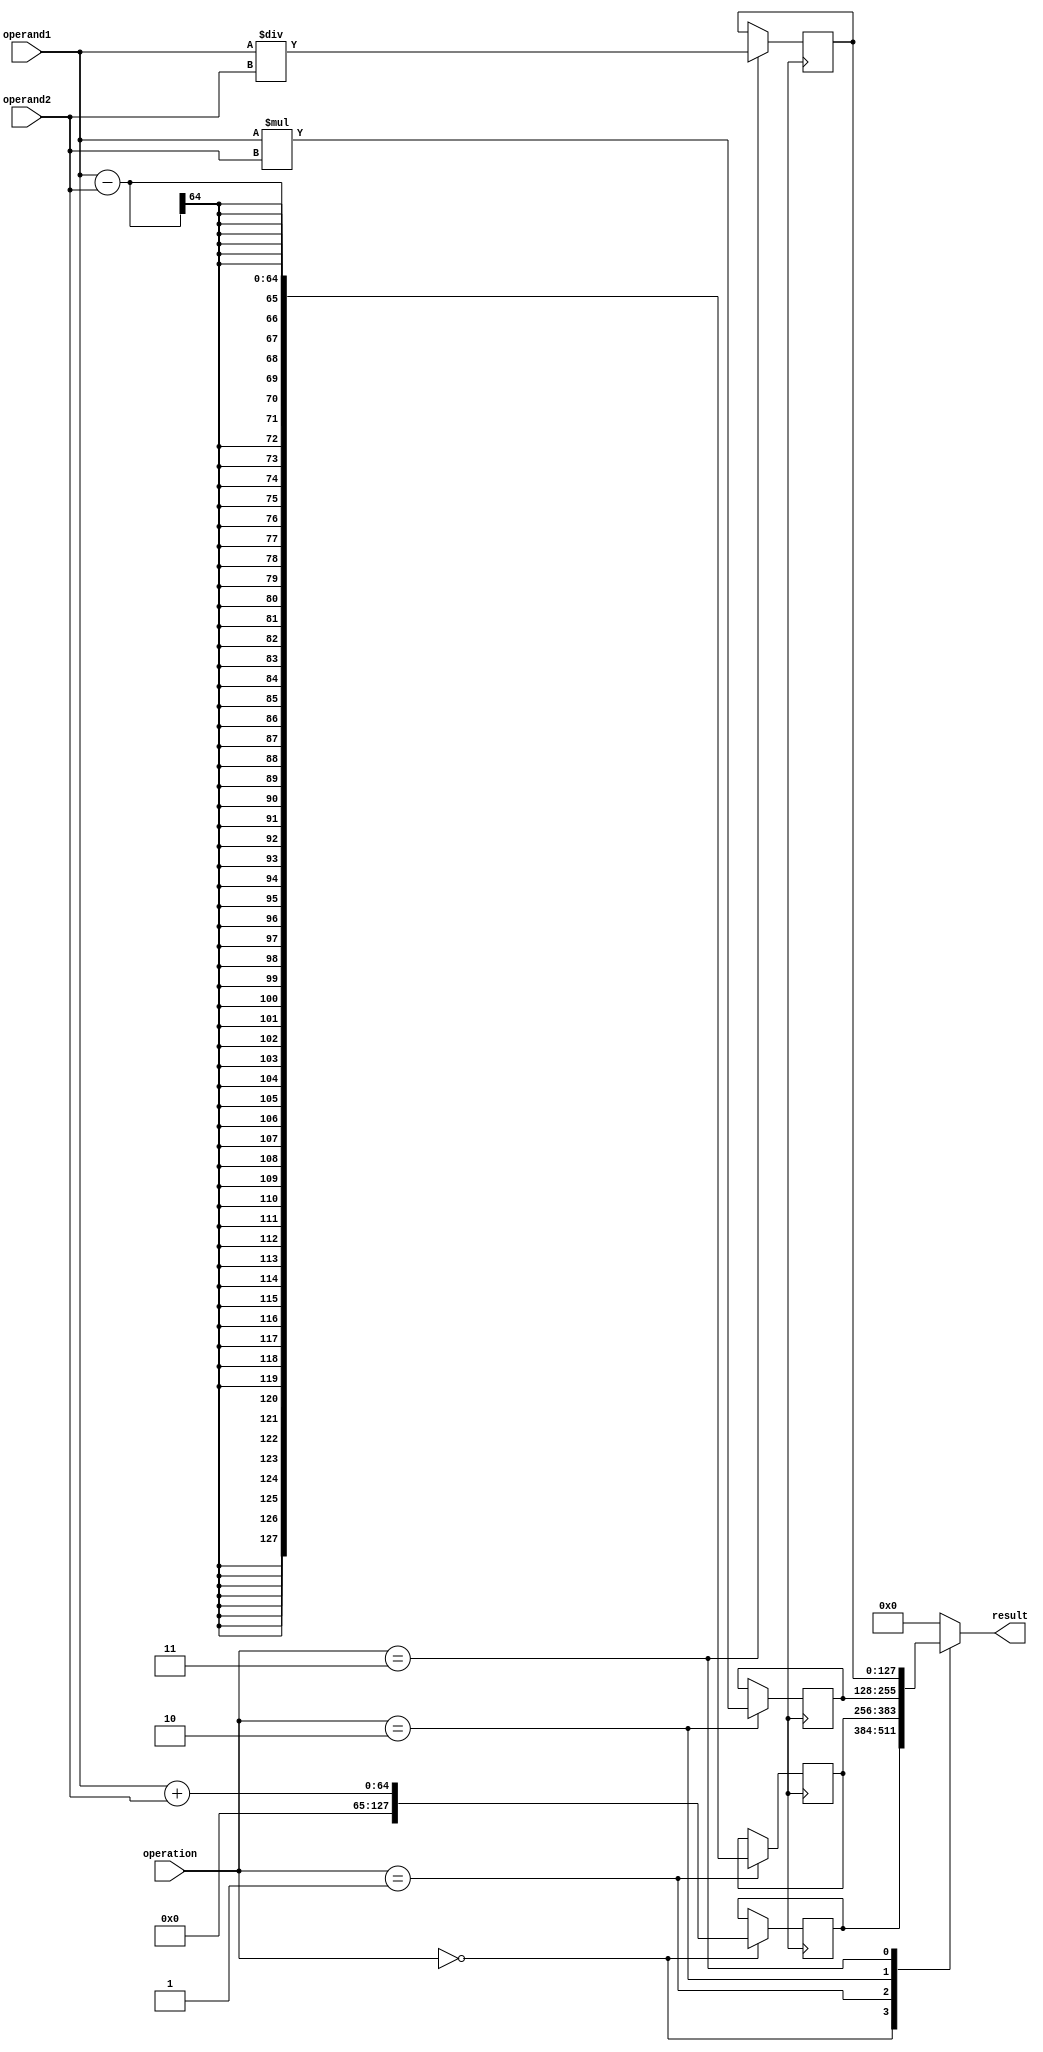
module extended_precision_fpu (
    input wire [63:0] operand1,
    input wire [63:0] operand2,
    input wire [3:0] operation,
    output wire [127:0] result
    );
    
    // Adder block
    reg [127:0] add_result;
    always @(posedge clk) begin
        if(operation == 4'b0000) begin
            add_result <= operand1 + operand2;
        end
    end
    
    // Subtractor block
    reg [127:0] sub_result;
    always @(posedge clk) begin
        if(operation == 4'b0001) begin
            sub_result <= operand1 - operand2;
        end
    end
    
    // Multiplier block
    reg [127:0] mult_result;
    always @(posedge clk) begin
        if(operation == 4'b0010) begin
            mult_result <= operand1 * operand2;
        end
    end
    
    // Divider block
    reg [127:0] div_result;
    always @(posedge clk) begin
        if(operation == 4'b0011) begin
            div_result <= operand1 / operand2;
        end
    end
    
    // Output result based on operation
    always @* begin
        case(operation)
            4'b0000: result <= add_result;
            4'b0001: result <= sub_result;
            4'b0010: result <= mult_result;
            4'b0011: result <= div_result;
            default: result <= 128'h0;
        endcase
    end

endmodule